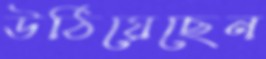
উঠিয়েছেন